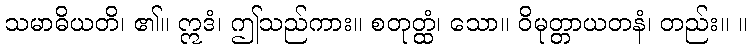
သမာဓိယတိ၊ ၏။ ဣဒံ၊ ဤသည်ကား။ စတုတ္ထံ၊ သော။ ဝိမုတ္တာယတနံ၊ တည်း။ ။